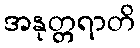
အနုတ္တရာတိ